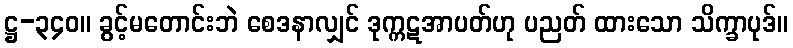
ဋ္ဌ-၃၄၀။ ခွင့်မတောင်းဘဲ စေဒနာလျှင် ဒုက္ကဋအာပတ်ဟု ပညတ် ထားသော သိက္ခာပုဒ်။